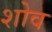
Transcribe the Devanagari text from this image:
शोव